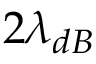
2 \lambda _ { d B }